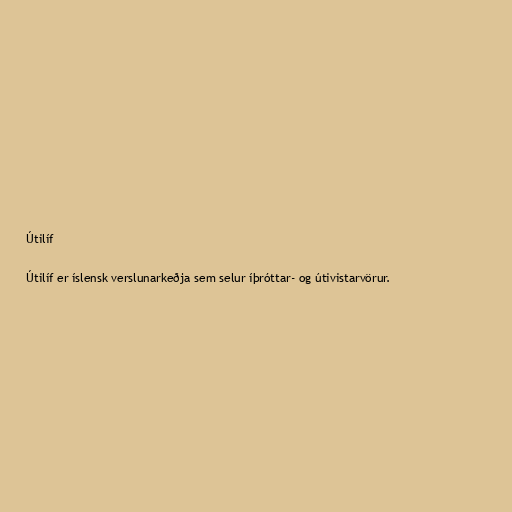
Útilíf

Útilíf er íslensk verslunarkeðja sem selur íþróttar- og útivistarvörur.